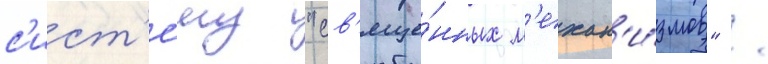
с'ист'е́му "св'яще́нных м'ехан'и́змов" /